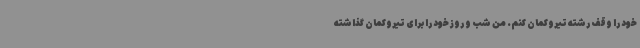
خود را وقف رشته تیروکمان کنم. من شب و روز خود را برای تیروکمان گذاشته